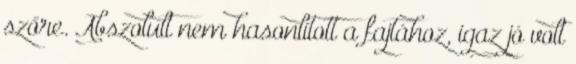
szőre. Abszolult nem hasonlított a fajtához, igaz jó volt